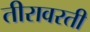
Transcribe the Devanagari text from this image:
तीरावरती